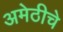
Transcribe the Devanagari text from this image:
अमेठीचे